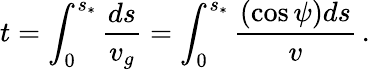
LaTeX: t=\int_{0}^{s_{*}}\frac{ds}{v_{g}}=\int_{0}^{s_{*}}\frac{(\cos\psi)ds}{v}\, .